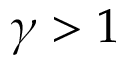
\gamma > 1